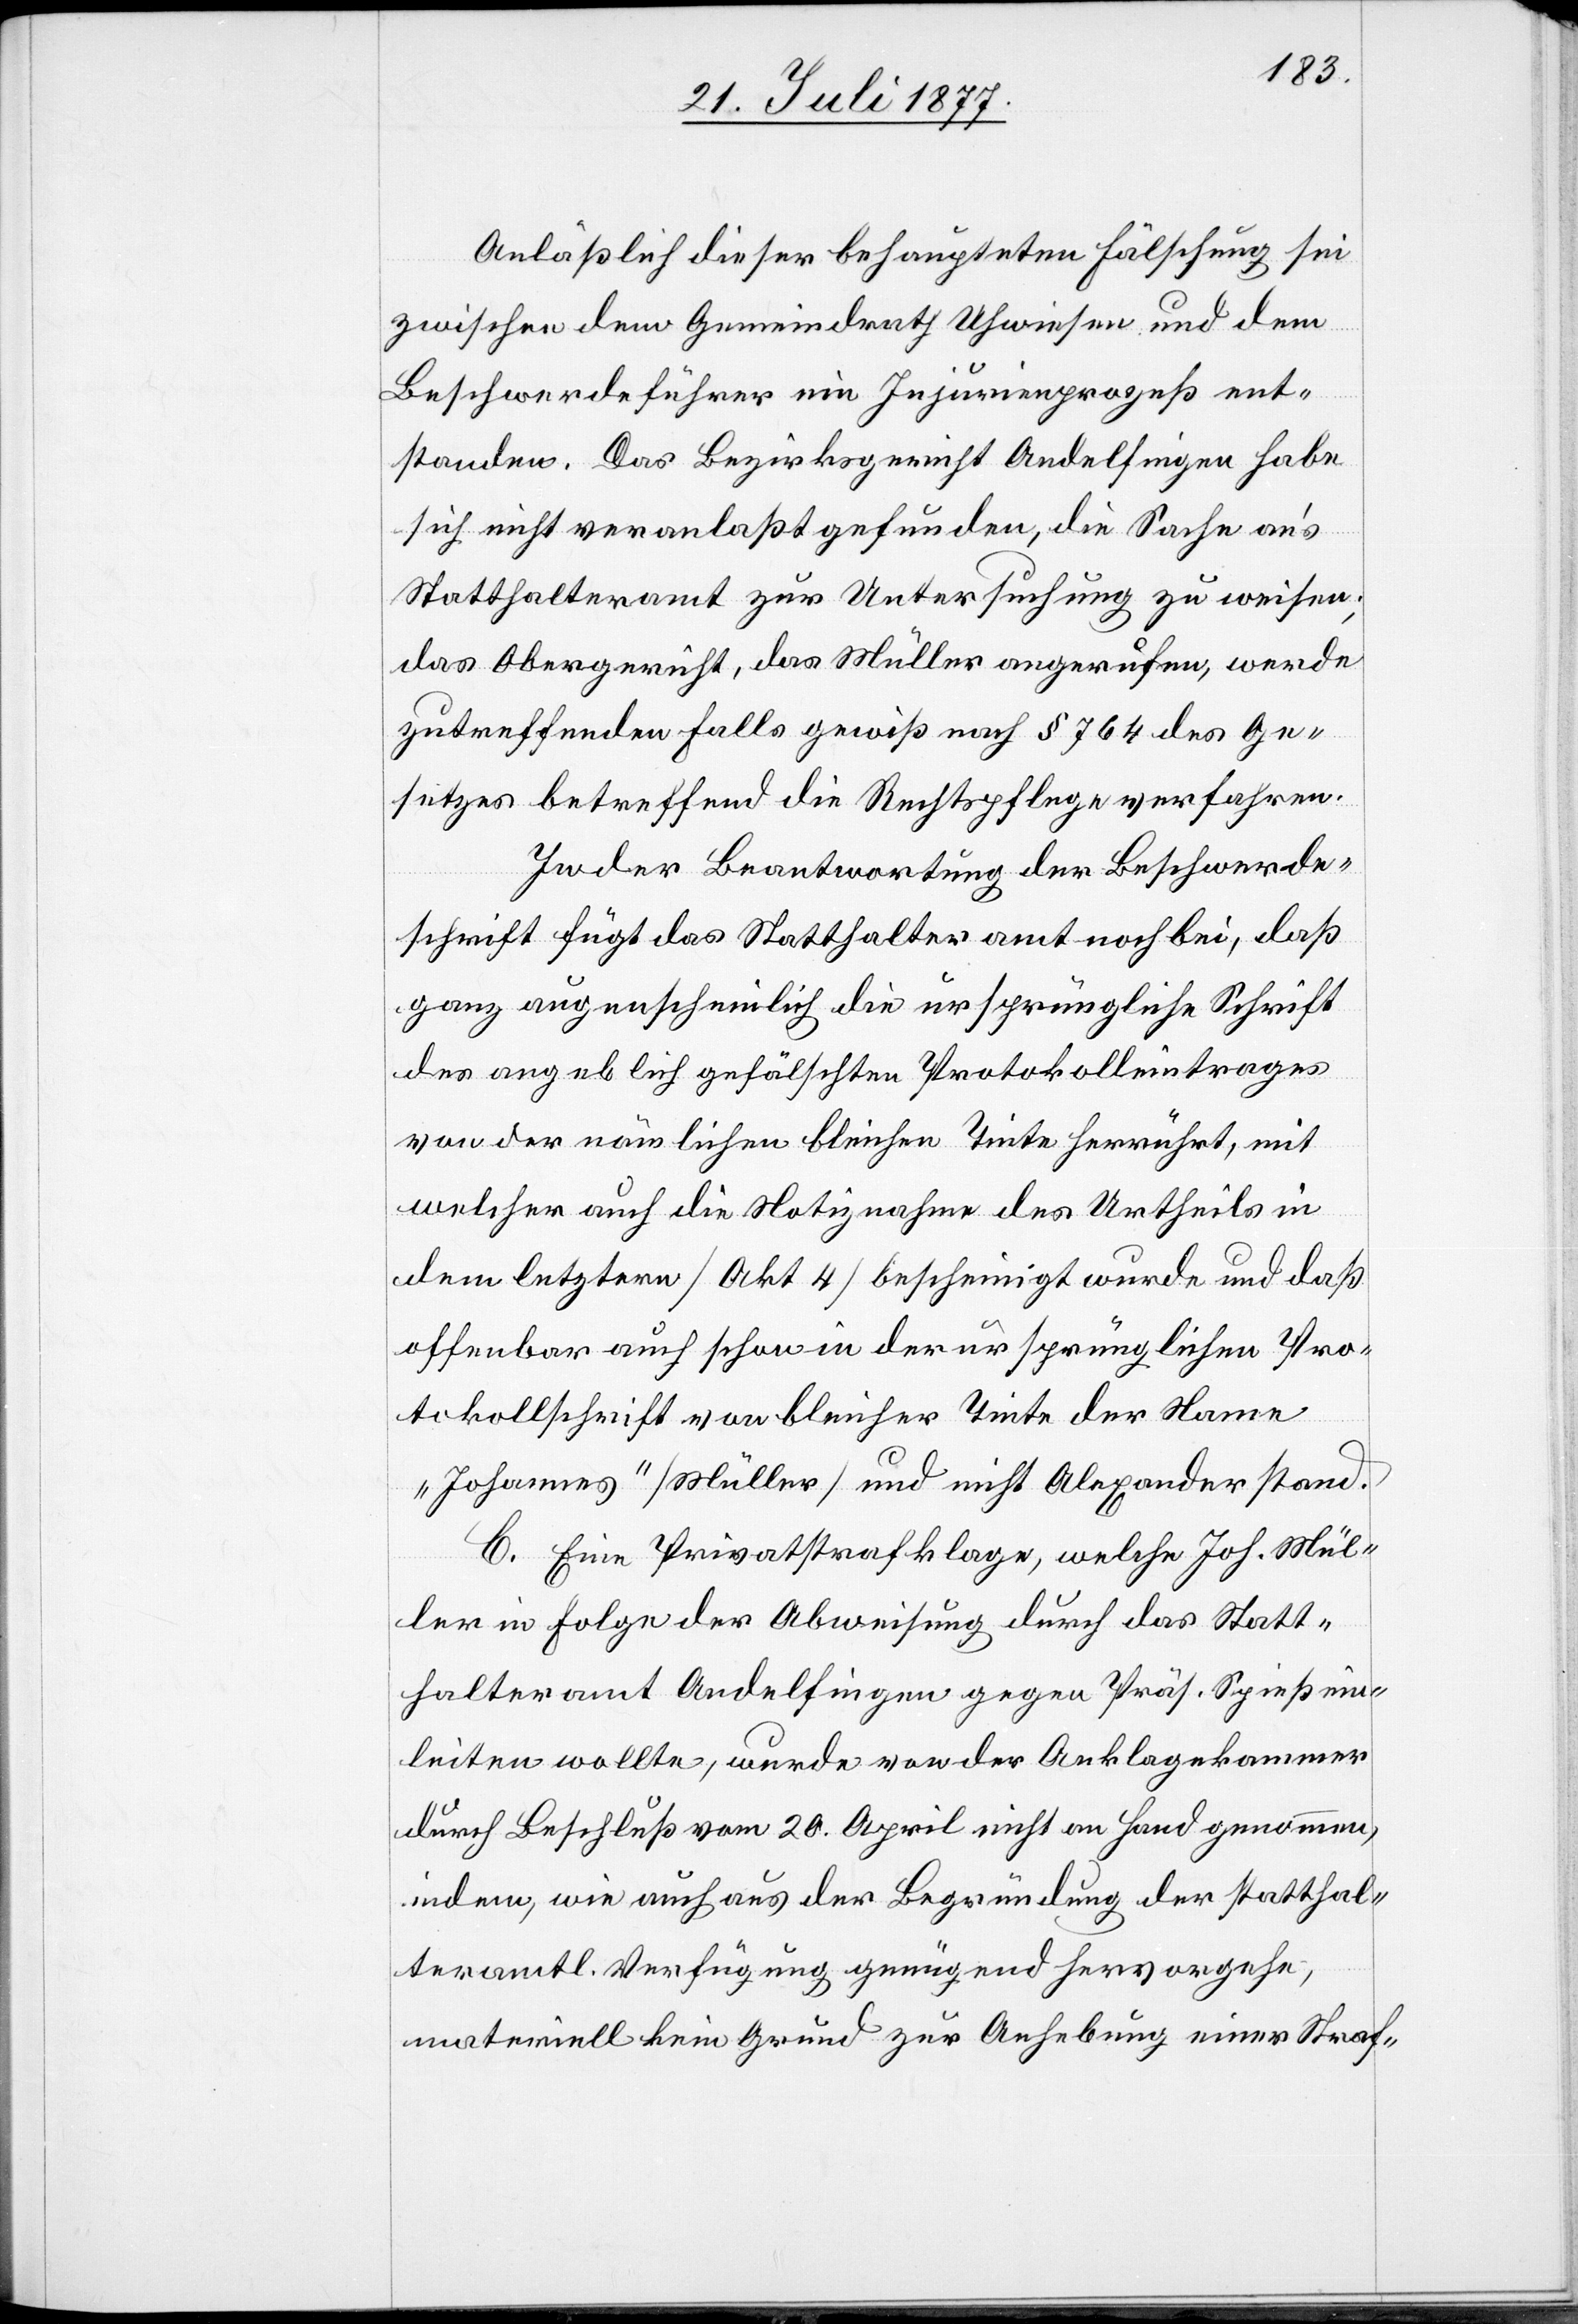
Anläßlich dieser behaupteten Fälschung sei
zwischen dem Gemeindrath Uhwiesen und dem
Beschwerdeführer ein Injurienprozeß ent¬
standen. Das Bezirksgericht Andelfingen habe
sich nicht veranlaßt gefunden, die Sache an’s
Statthalteramt zur Untersuchung zu weisen;
das Obergericht, das Müller angerufen, werde
zutreffenden Falls gewiß nach § 764 des Ge¬
setzes betreffend die Rechtspflege verfahren.
In der Beantwortung der Beschwerde¬
schrift fügt das Statthalteramt noch bei, daß
ganz augenscheinlich die ursprüngliche Schrift
des angeblich gefälschten Protokolleintrages
von der nämlichen bleichen Tinte herrührt, mit
welcher auch die Notiznahme des Urtheils in
dem letztern [Akt 4] bescheinigt wurde und daß
offenbar auch schon in der ursprünglichen Pro¬
tokollschrift von bleicher Tinte der Name
„Johannes“ [Müller] und nicht Alexander stand.
C. Eine Privatstrafklage, welche Joh. Mül¬
ler in Folge der Abweisung durch das Statt¬
halteramt Andelfingen gegen Präs. Spieß ein¬
leiten wollte, wurde von der Anklagekammer
durch Beschluß vom 20. April nicht an Hand genommen,
indem, wie auch aus der Begründung der statthal¬
teramtl. Verfügung genügend hervorgehe,
materiell kein Grund zur Anhebung einer Straf-